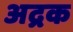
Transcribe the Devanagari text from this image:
अद्रक